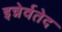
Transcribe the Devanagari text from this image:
इन्नेर्वतेद